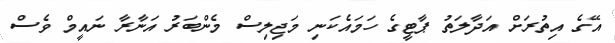
އޭގެ އިތުރަށް އަދާލަތު ޕާޓީގެ ހަމައެކަނި މަޖިލިސް މެންބަރު އަނާރާ ނައީމް ވެސް